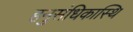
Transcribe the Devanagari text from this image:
हनुसंधिकास्थि